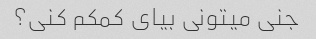
جنی میتونی بیای کمکم کنی؟